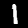
Label: 1